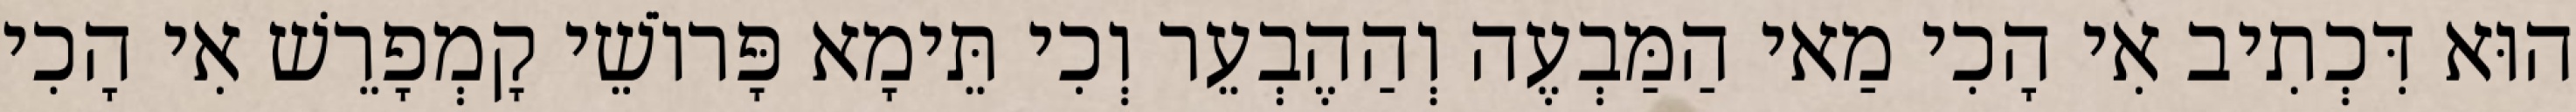
הוּא דִּכְתִיב אִי הָכִי מַאי הַמַּבְעֶה וְהַהֶבְעֵר וְכִי תֵּימָא פָּרוֹשֵׁי קָמְפָרֵשׁ אִי הָכִי